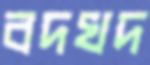
বদখদ